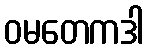
ဝမတေကဒါ